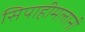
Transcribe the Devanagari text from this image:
सिपाहीमलानी